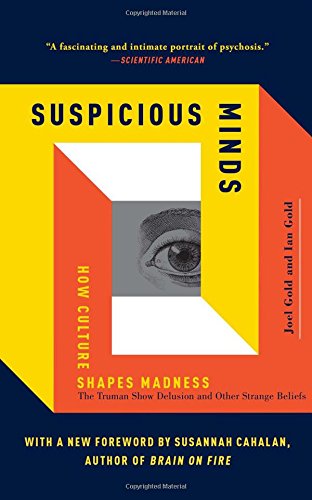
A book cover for Suspicious Minds: How Culture Shapes Madness; Joel Gold; Medical Books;